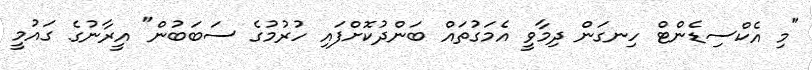
"މި އެކްސިޑެންޓް ހިނގަން ދިމާވީ އެމަގުތައް ބަންދުކޮށްފައި ހުރުމުގެ ސަބަބުން" އީރާނުގެ ގައުމީ